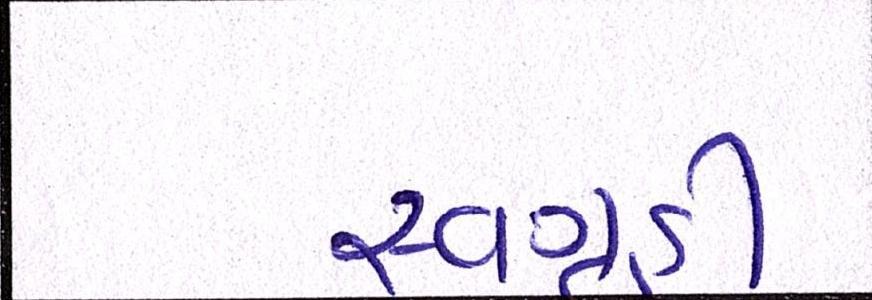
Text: સ્વગૃહી